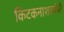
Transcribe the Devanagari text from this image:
किटकनाशकांची